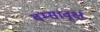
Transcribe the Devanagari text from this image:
वम्सावृक्षं